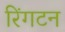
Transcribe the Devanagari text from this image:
रिंगटन